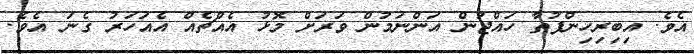
އެވެ. އިބިރިހިންފުތާ ހައްޖުން އަންނަމުން ވަރަށް މޮޅު އެއްޗެއް އެއަހަރު ގެނަ އެވެ.